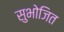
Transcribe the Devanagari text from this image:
सुभोजित